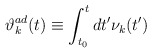
\begin{align*}{\vartheta}_k^{ad}(t) \equiv \int_{t_0}^t dt^{\prime} {\nu}_k(t^{\prime})\end{align*}